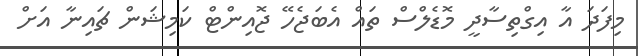
މިފަދަ އާ އިގްތިސާދީ މޮޑެލްސް ތައް އެބަޖެހޭ ޖޮއިންޓް ކަމިޝަން ޗައިނާ އަށް